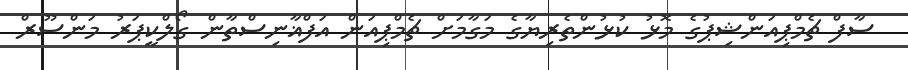
ސާފް ޗެމްޕިއަންޝިޕުގެ މޮޅު ކުޅުންތެރިޔާގެ މަގާމަށް ޗެމްޕިއަން އަފްޣާނިސްތާން ގޯލްކީޕަރު މަންސޫރް